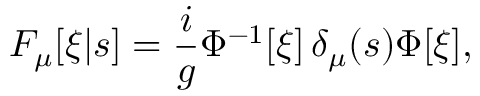
F _ { \mu } [ \xi | s ] = \frac { i } { g } \Phi ^ { - 1 } [ \xi ] \, \delta _ { \mu } ( s ) \Phi [ \xi ] ,